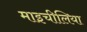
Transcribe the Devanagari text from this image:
माइचीलिया